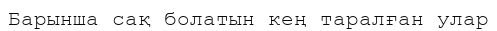
Барынша сақ болатын кең таралған улар